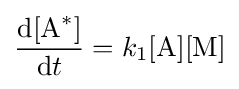
{\frac {\mathrm {d} [{\ce {A}}^{*}]}{\mathrm {d} t}}=k_{1}[{\ce {A}}][{\ce {M}}]